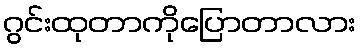
ဂွင်းထုတာကိုပြောတာလား